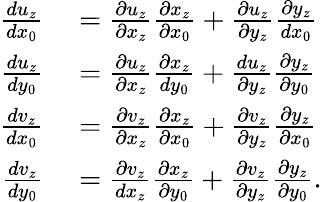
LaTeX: \begin{array}{rl}{\frac{du_{z}}{dx_{0}}}&{{}=\frac{\partial u_{z}}{\partial x_{z}}\frac{\partial x_{z}}{\partial x_{0}}+\frac{\partial u_{z}}{\partial y_{z}}\frac{\partial y_{z}}{dx_{0}}}\\ {\frac{du_{z}}{dy_{0}}}&{{}=\frac{\partial u_{z}}{\partial x_{z}}\frac{\partial x_{z}}{dy_{0}}+\frac{du_{z}}{\partial y_{z}}\frac{\partial y_{z}}{\partial y_{0}}}\\ {\frac{dv_{z}}{dx_{0}}}&{{}=\frac{\partial v_{z}}{\partial x_{z}}\frac{\partial x_{z}}{\partial x_{0}}+\frac{\partial v_{z}}{\partial y_{z}}\frac{\partial y_{z}}{\partial x_{0}}}\\ {\frac{dv_{z}}{dy_{0}}}&{{}=\frac{\partial v_{z}}{dx_{z}}\frac{\partial x_{z}}{\partial y_{0}}+\frac{\partial v_{z}}{\partial y_{z}}\frac{\partial y_{z}}{\partial y_{0}}.}\end{array}